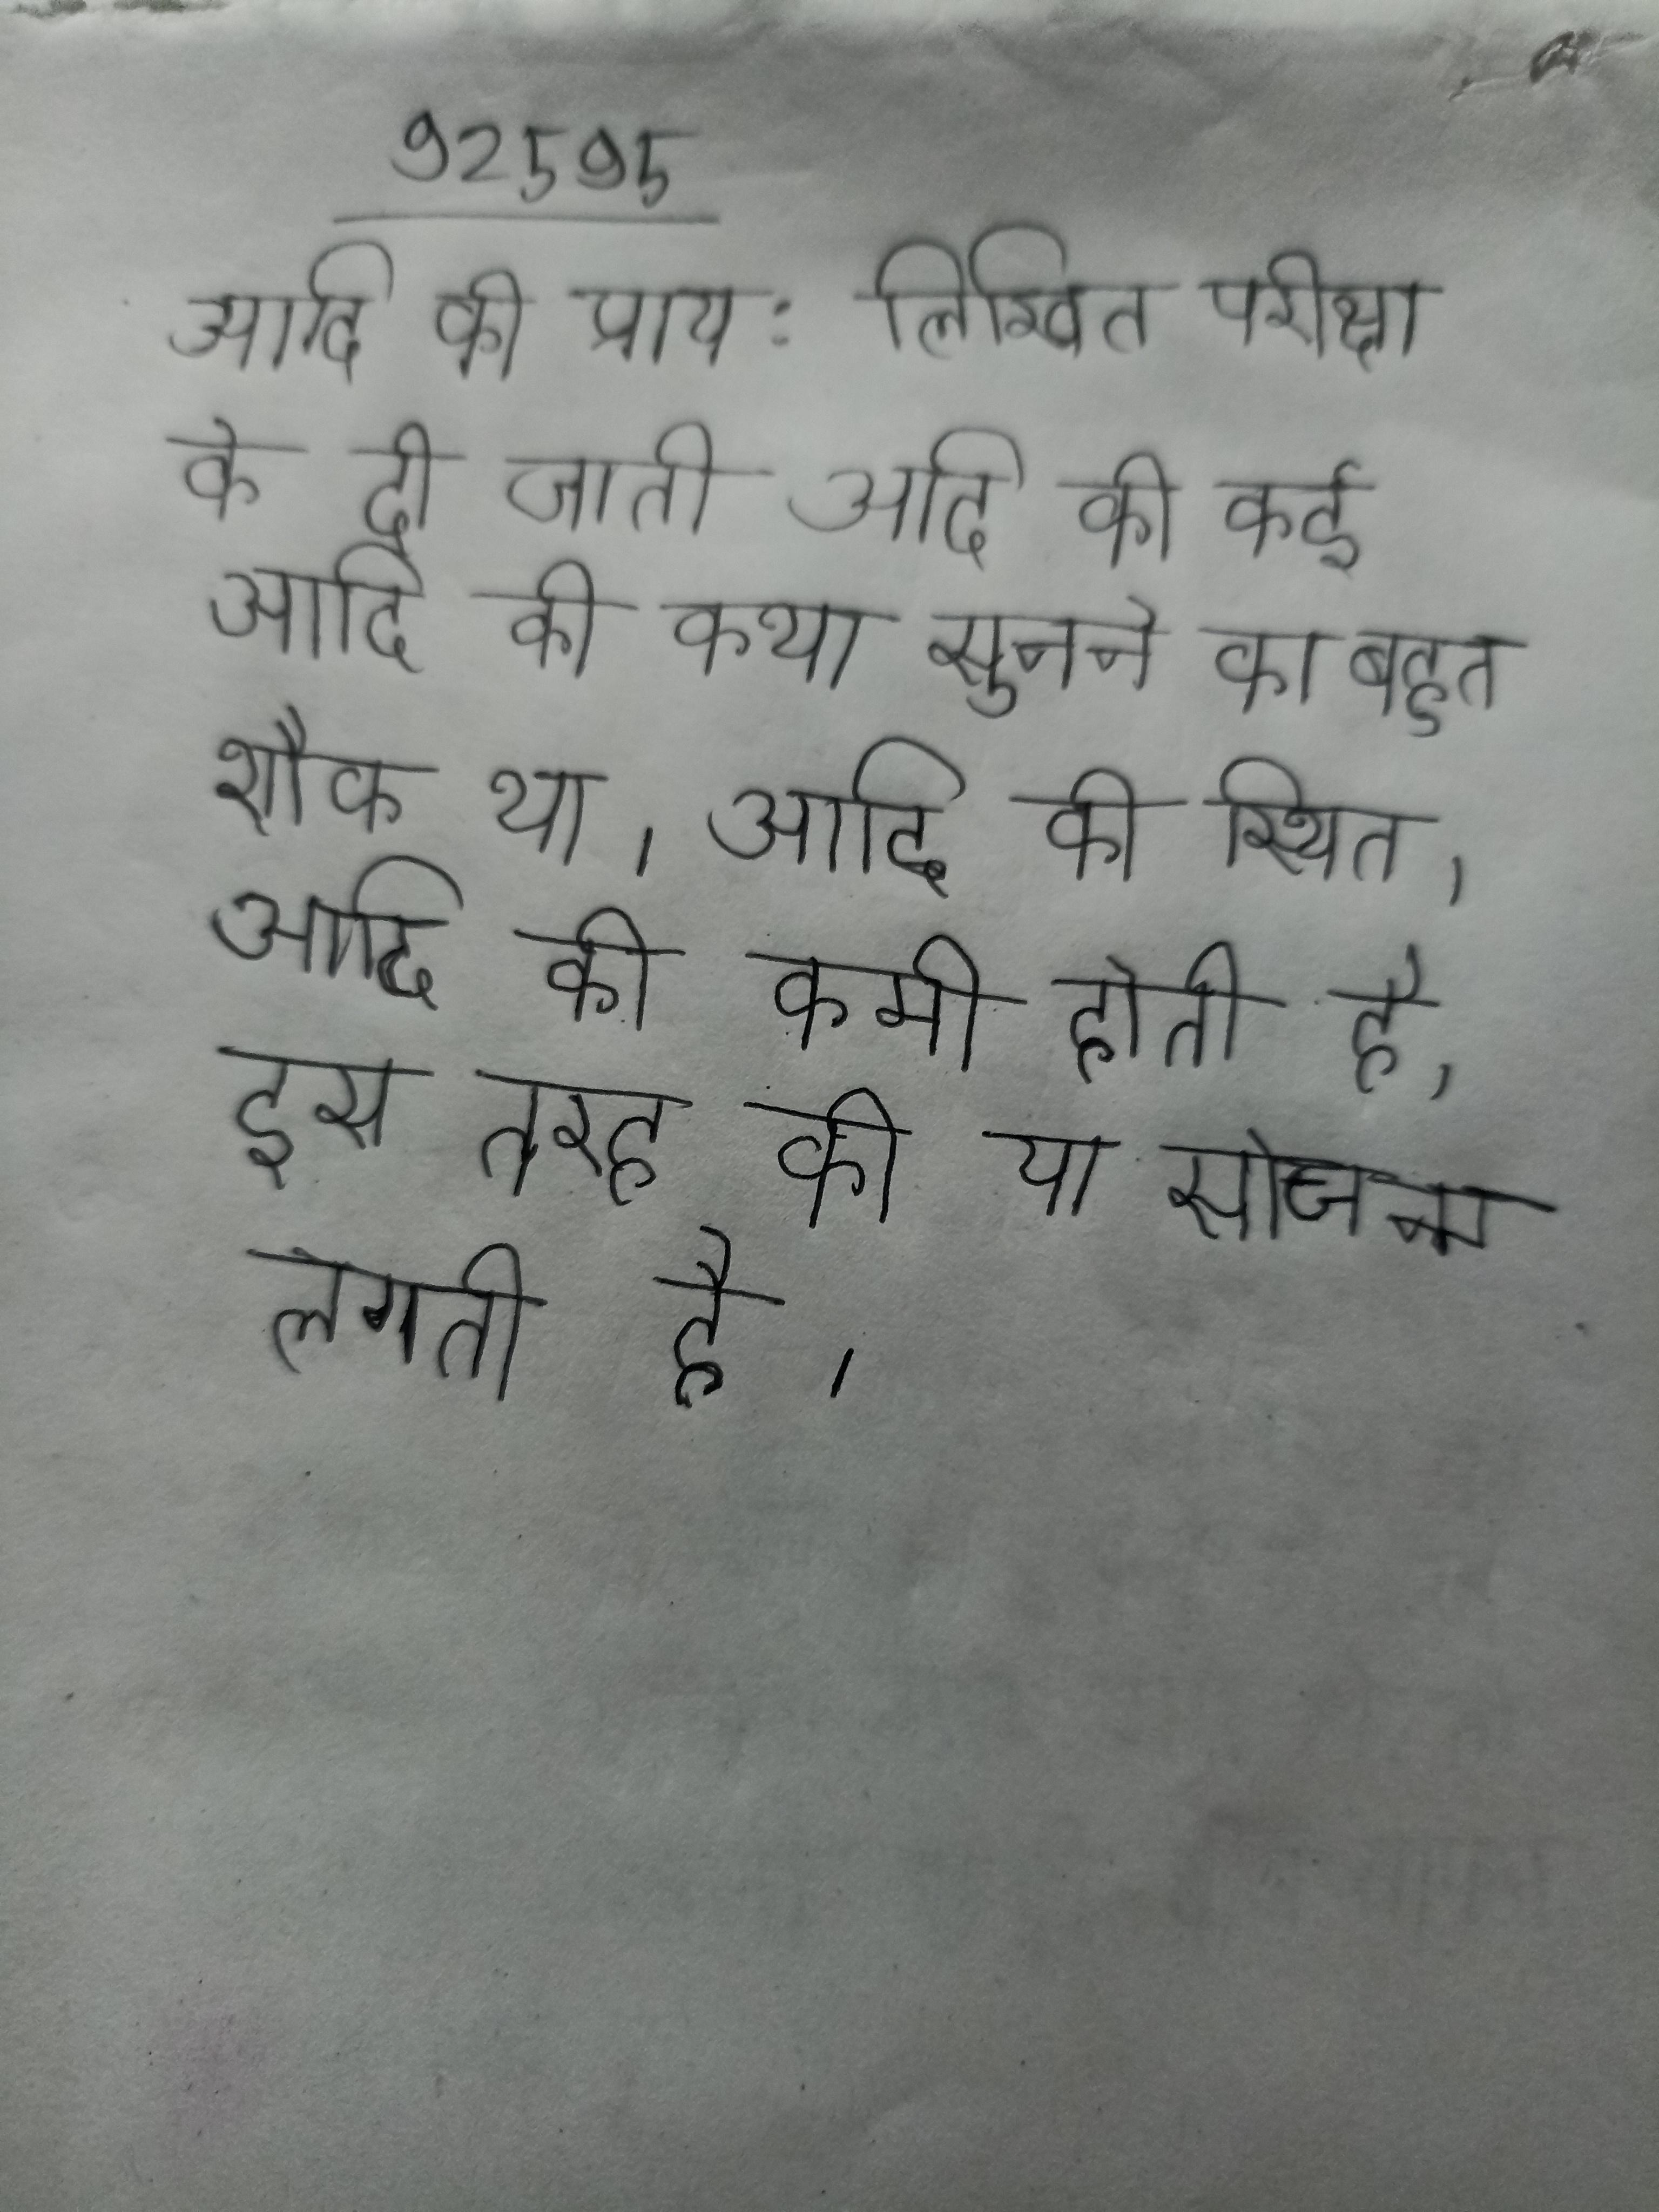
आदि की प्राय: लिखित परीक्षा के दी जाती । आदि की कई आज भी कहलाती है । आदि की कथा सुनने का बहुत शौक था । आदि की स्थित । आदि की कमी होती है, इस तरह की या सोच जन्म लेने लगती है ।